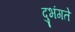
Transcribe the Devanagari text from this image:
दुभंगते